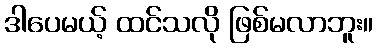
ဒါပေမယ့် ထင်သလို ဖြစ်မလာဘူး။